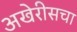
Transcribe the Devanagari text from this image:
अखेरीसचा